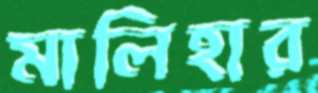
মালিহার